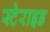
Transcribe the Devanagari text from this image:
स्टेराइड